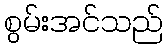
စွမ်းအင်သည်